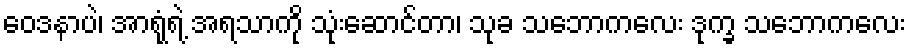
ဝေဒနာပဲ၊ အာရုံရဲ့ အရသာကို သုံးဆောင်တာ၊ သုခ သဘောကလေး ဒုက္ခ သဘောကလေး